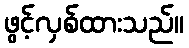
ဖွင့်လှစ်ထားသည်။